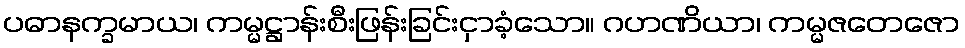
ပဓာနက္ခမာယ၊ ကမ္မဋ္ဌာန်းစီးဖြန်းခြင်းငှာခံ့သော။ ဂဟဏိယာ၊ ကမ္မဇတေဇော